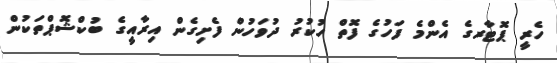
ހެރީ ޕޮޓާރގެ އެންމެ ފަހުގެ ފޮތް ހުކުރު ދުވަހުން ފެށިގެން އިރާއީގެ ބުކްޝޮޕްތަކުން